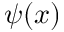
\psi ( x )